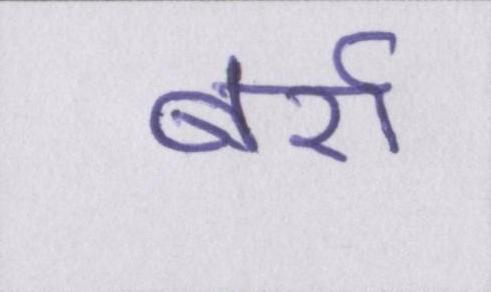
बर्रा